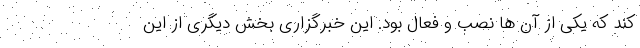
کند که یکی از آن ها نصب و فعال بود. این خبرگزاری بخش دیگری از این